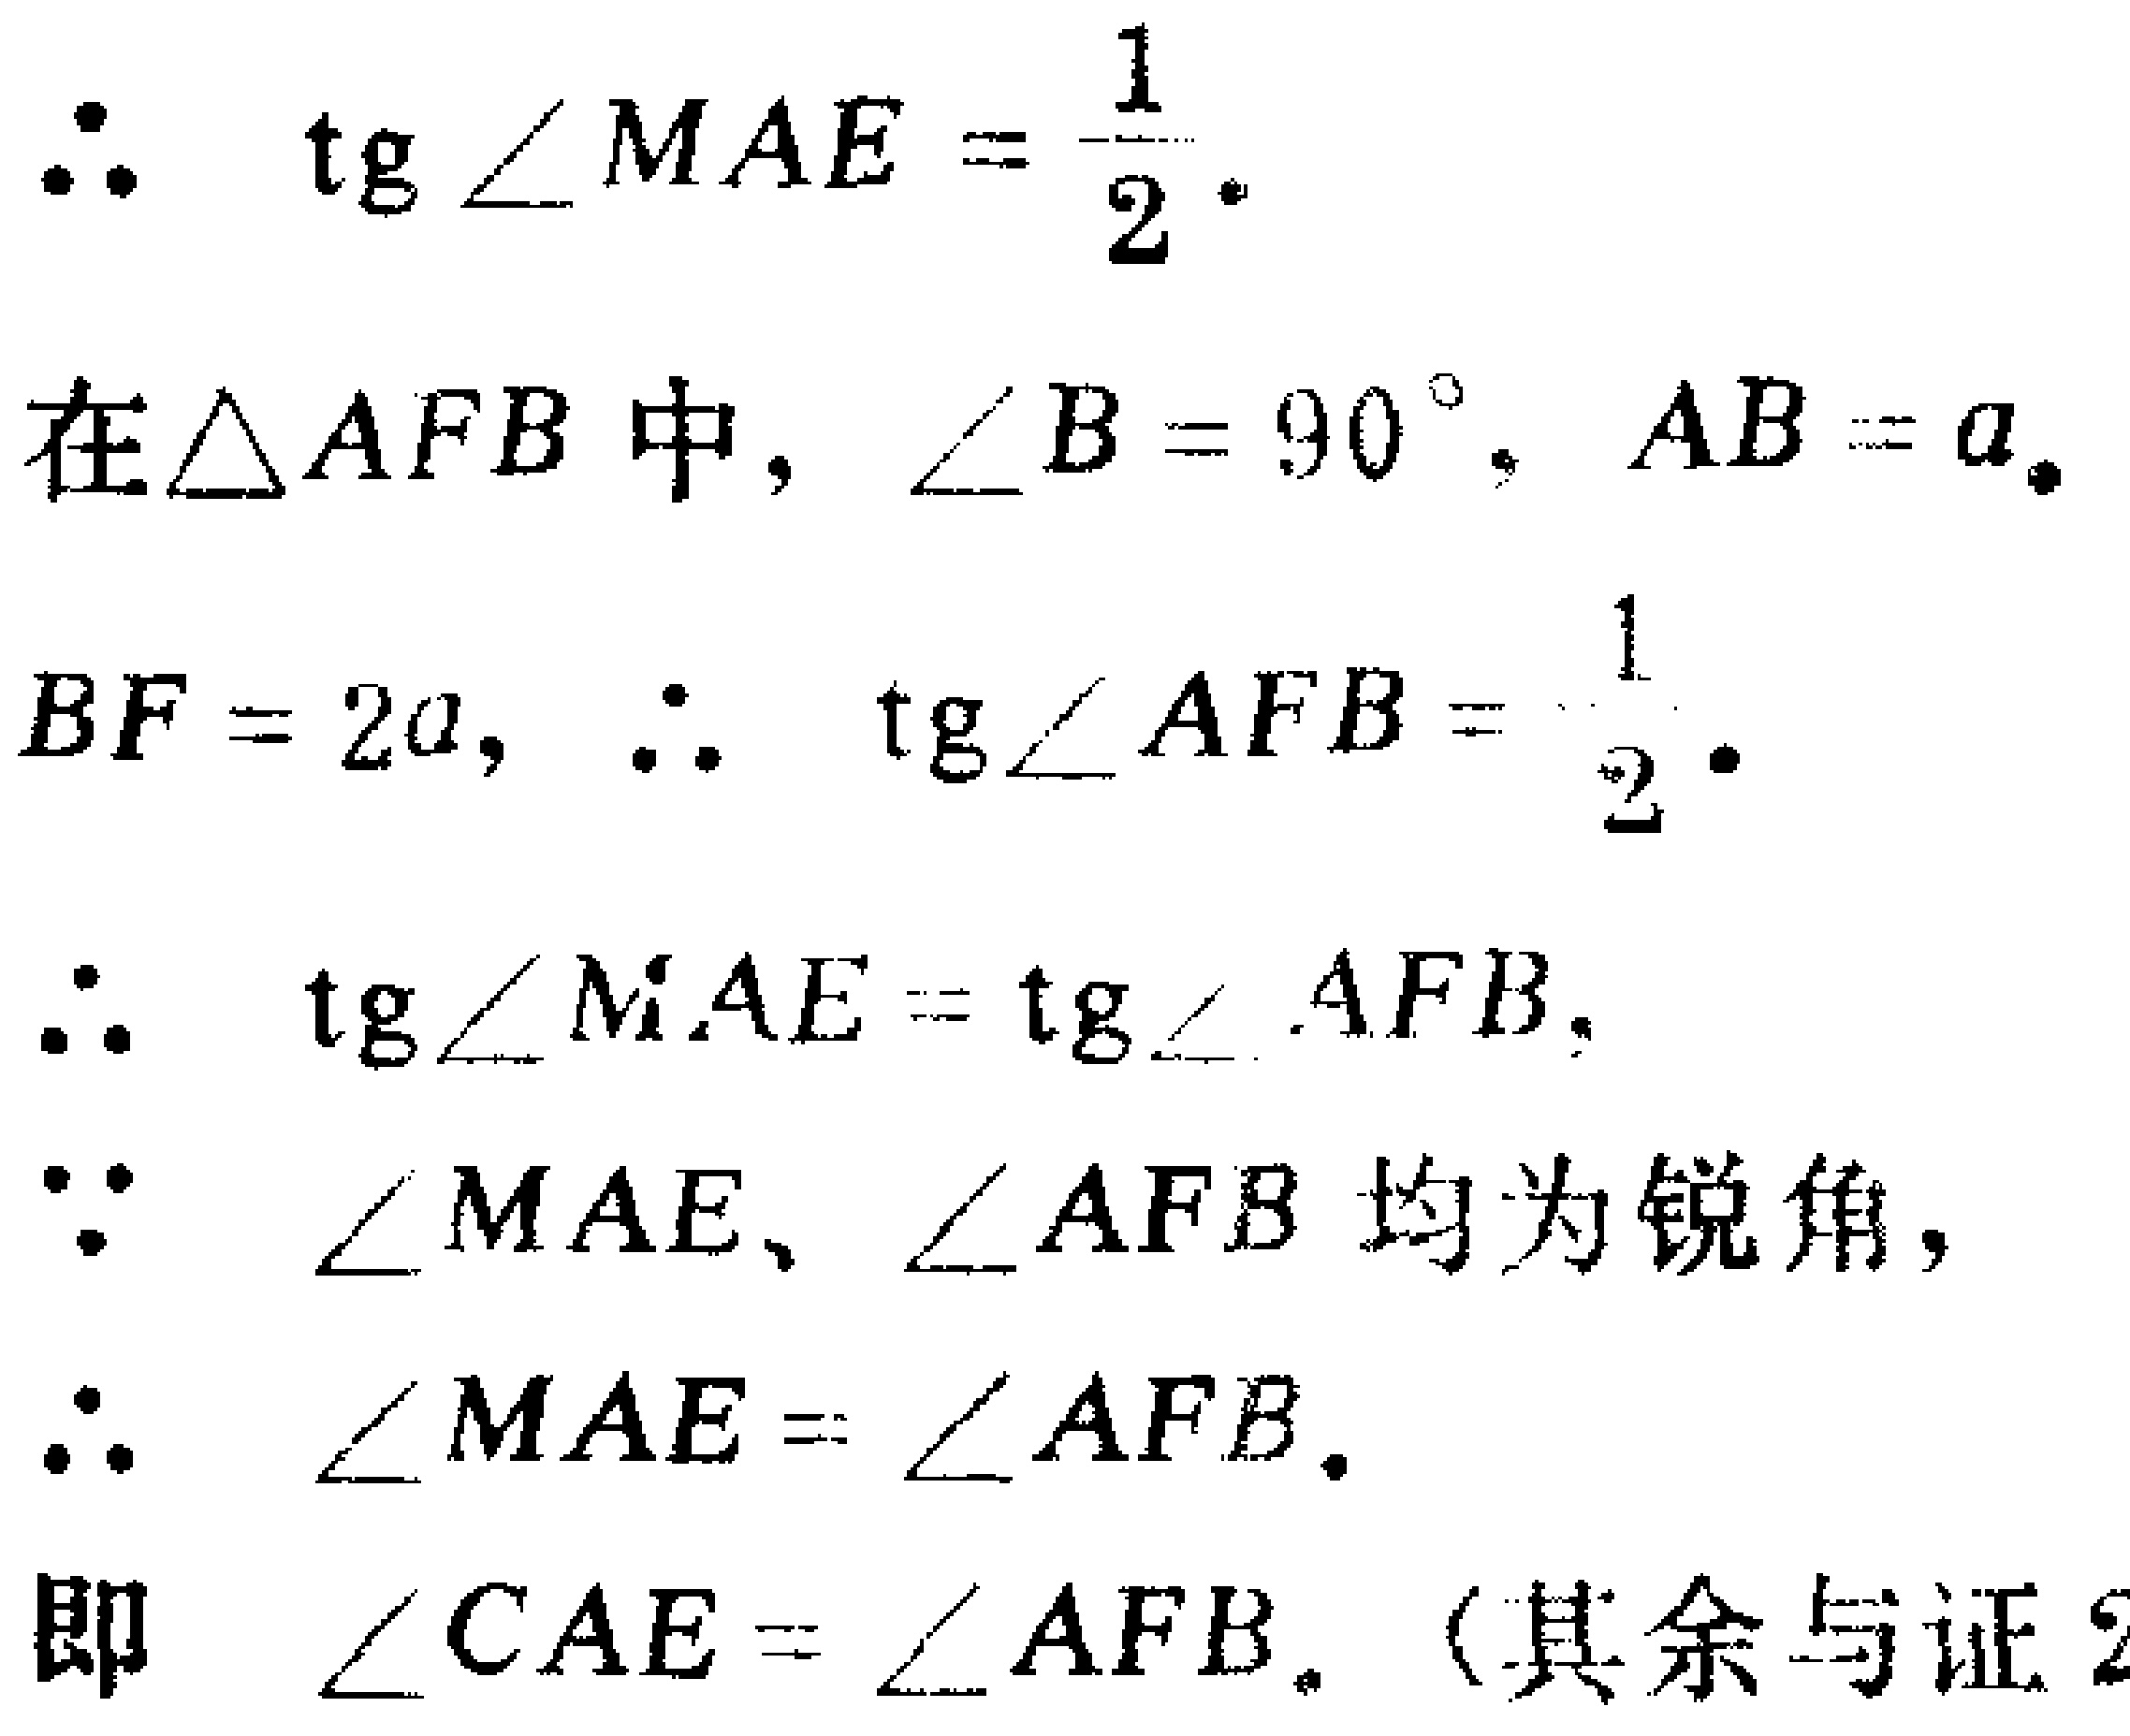
\(\therefore \quad \text{tg}\angle MAE = \frac{1}{2}.\)

在\(\triangle AFB\)中，\(\angle B = 90^{\circ}, AB = a,\)

\(BF = 2a, \therefore \quad \text{tg}\angle AFB = \frac{1}{2}.\)

\(\therefore \quad \text{tg}\angle MAE = \text{tg}\angle AFB,\)

\(\because \quad \angle MAE、\angle AFB\) 均为锐角，

\(\therefore \quad \angle MAE = \angle AFB.\)

即 \(\angle CAE = \angle AFB.\)（其余与证2